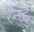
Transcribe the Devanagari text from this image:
रेनंडु